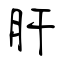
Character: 肝